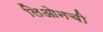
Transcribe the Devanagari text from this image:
लिओनची